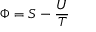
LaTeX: \Phi = S - { \frac { U } { T } }